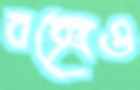
বক্সেও